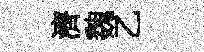
濟魏乙